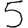
Digit: 5